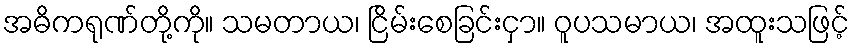
အဓိကရုဏ်တို့ကို။ သမတာယ၊ ငြိမ်းစေခြင်းငှာ။ ဝူပသမာယ၊ အထူးသဖြင့်